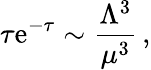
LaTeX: \tau\mathrm{e}^{-\tau}\sim\frac{{\Lambda^{3}}}{{\mu^{3}}}\, ,